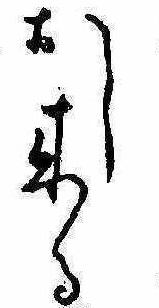
おし来る